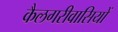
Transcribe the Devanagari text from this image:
कैलगरीवासियों